Trukikaitis_Postimees, lk 6
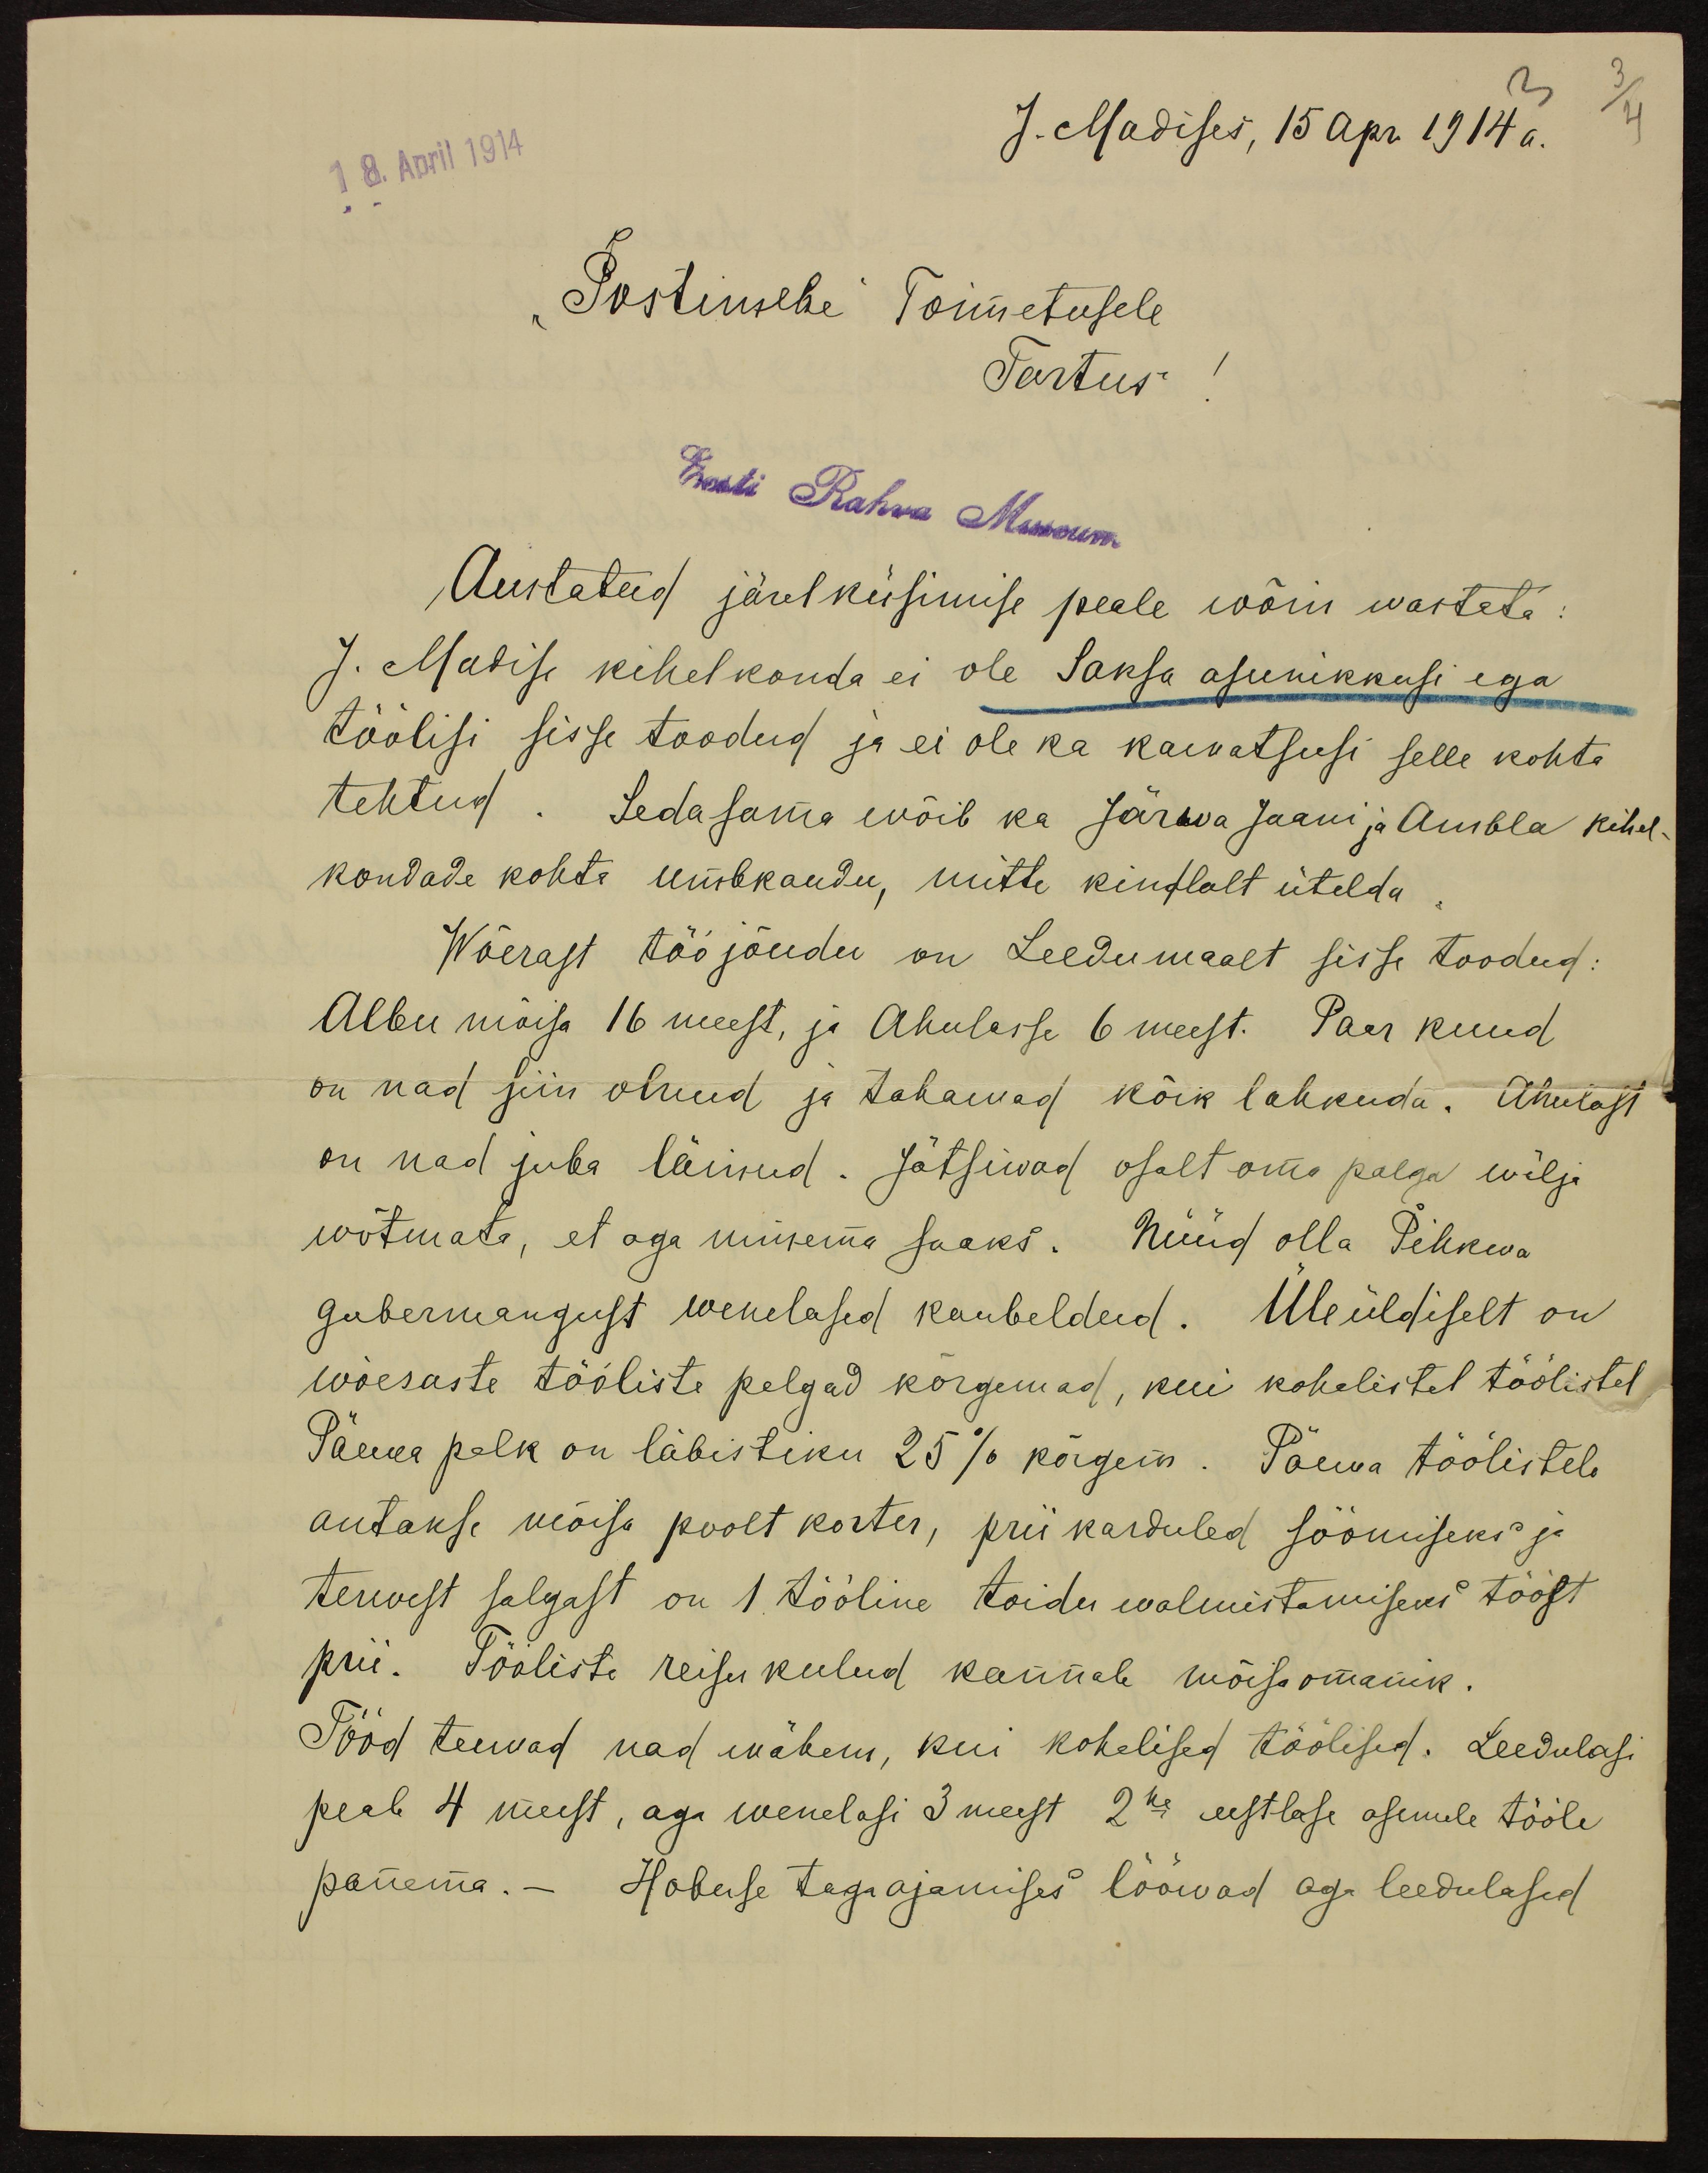
3
3/4
18. April 1914
J. Madises, 15 apr. 1914 a.
"Postimehe" Toimetusele
Tartus!
Eesti Rahva Museum
Austatud järelküsimise peale wõin wastata:
J. Madise kihelkonda ei ole Saksa asunikkusi ega
töölisi sisse toodud ja ei ole ka kawatsusi selle kohta
tehtud. Sedasama wõib ka Järwa Jaani ja Ambla kihel-
kondade kohta umbkaudu, mitte kindlalt ütelda.
Wõerast tööjõudu on Leedumaalt sisse toodud:
Albu mõisa 16 meest, ja Ahulasse 6 meest. Paar kuud
on nad siin olnud ja tahawad kõik lahkuda. Ahulast
on nad juba läinud. Jätsiwad osalt oma palga wälja
wõtmata, et aga minema saaks. Nüüd olla Pihkwa
gubermangust wenelased kaubeldud. Üleüldiselt on
wõeraste tööliste palgad kõrgemad, kui kohalistel töölistel
Päewa palk on läbistiku 25 % kõrgem. Päewa töölistele
antakse mõisa poolt korter, prii karduled söömiseks ja
terwest salgast on 1 tööline toidu walmistamiseks tööst
prii. Tööliste reisukulud kannab mõisaomanik.
Tööd teewad nad wähem, kui kohalised töölised. Leedulasi
peab 4 meest, aga wenelasi 3 meest 2he eestlase asemele tööle
panema. – Hobuse tagaajamises lööwad aga leedulased